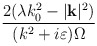
\begin{align*}\frac{2(\lambda k_{0}^{2}-|\mathbf{k}|^{2})}{(k^{2}+i\varepsilon )\Omega }\end{align*}